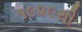
૧૯૨૯થી